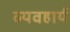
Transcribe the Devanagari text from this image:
व्‍यवहार्य